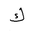
Letter: _kaf